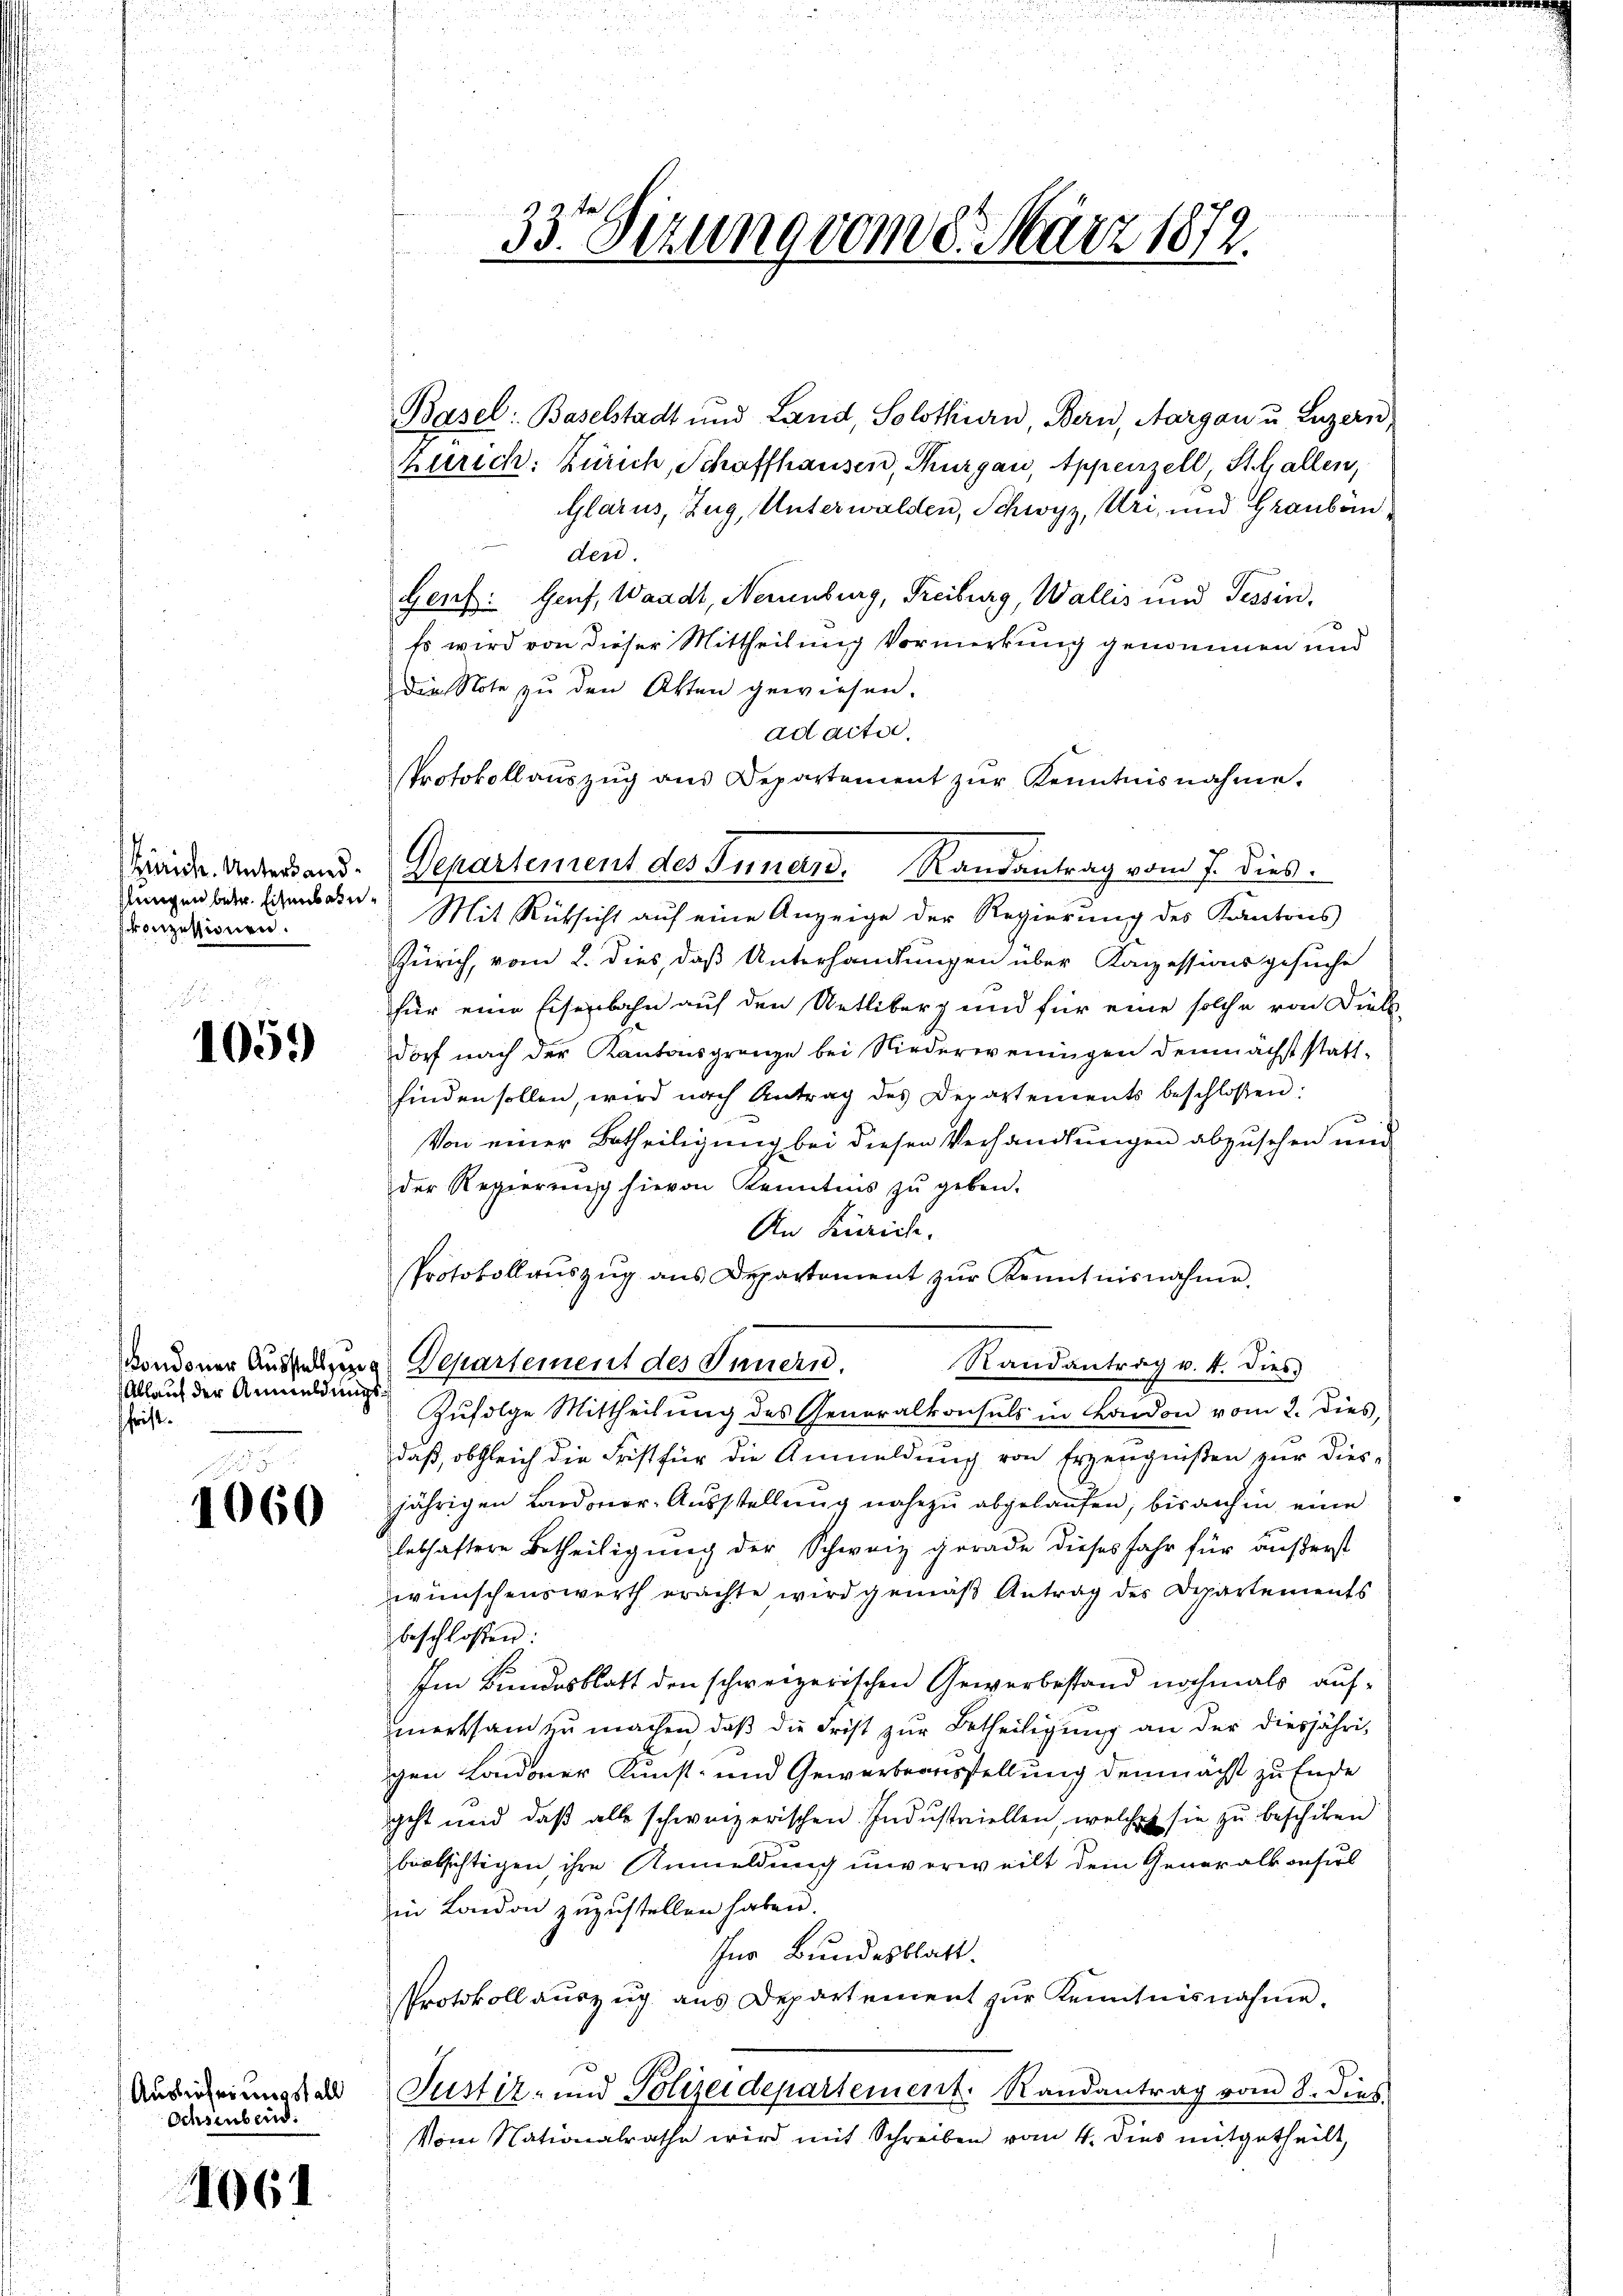
Zürich. Untersand.
slungen betr. Eisenbahnvonzessionen.

1059

Ablauf der Anmeldung
schrift.

1060

Auslieheimisst all
Schreibend:

1061

33. Dezung vom 8. März 1872.

Basel: Baselstadt und Land, Solothurn Bern, Aargau u. Luzern,
Zürich: Zürich, Schaffhausen, Thurgau, Appenzell, St. Gallen,
Glarus, Zug, Unterwalden, Schwyz, Uri, und Grauben
der.
Genf. Genf, Waadt, Neuenburg, Freiburg, Wallis und Tessin,
Es wird von dieser Mittheilung Vormerkung genommen und
die Note zu den Akten gewiesen.
ad acter,
Protokollaŭszŭg ans Departement zŭr Kenntnisnahme.
Mit Rüksicht auf eine Anzeige der Regierung des Kantons
Zürich, vom 2. dies, daß Unterhandlungen über Kanzessionsgesuche
für eine Eisenbahn auf den Uetliberg und für eine solche von Dieb
dorf nach der Kantonsgrenze bei Niederweningen demnächst stattfinden sollen, wird nach Antrag des Departements beschlossen:
Von einer Betheiligung bei diesen Verhandlungen abzusehen und
der Regierŭng hievon Kenntnis zŭ geben.
An Zürich.
Protokollaŭszŭg ans Departement zŭr Kenntnisnahme.
Randantrag v. 4. Dies
vondoner Ausstellung Departement des Innern.
Zufolge Mittheilung des Generalkonsuls in London vom 2. dies,
du
daß, obgleich die Frist für die Anmeldung von Erzeugnißen zur dies-
jährigen Landoner-Aŭsstellung nahezu abgelaufen; bis auch in eine
lebhaftere Betheiligung der Schweiz gerade dieses Jahr für äußerst
wünschenswerth erachte wird gemäß Antrag des Departements
beschloßen:
Im Bundesblatt den schweizerischen Gewerbestand nochmals aufmerksam zu machen, daß die Frist zur Betheiligung an der diesjährichen Londoner Kunst- und Gewerbeausstellung demnächst zu Ende
ggeht und daß alle schweizerischen Industriellen, welches sie zu beschiken
beabsichtigen, ihre Anmeldung unverweilt dem Generalkonsul
in London zuzustellen haben.
Inr Bundesblatt.
Protokoll auszug aus Departement zŭr Kenntnisnahme.
Justiz- und Polizeidepartement. Randantrag vom 8. dies
Vom Nationalrathe wird mit Schreiben vom 4. dies mitgetheilt,

Departement des Innern. Randantrag vom 7. dies